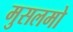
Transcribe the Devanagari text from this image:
मुसलमो